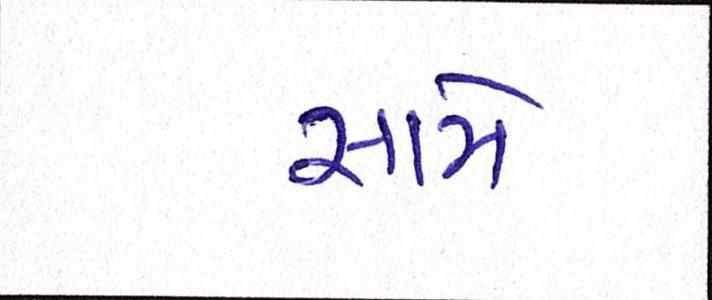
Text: સામે